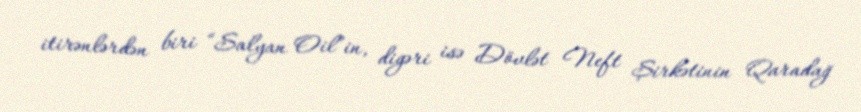
itirənlərdən biri “Salyan Oil”in, digəri isə Dövlət Neft Şirkətinin Qaradağ